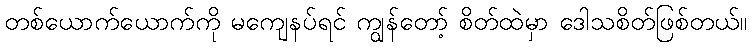
တစ်ယောက်ယောက်ကို မကျေနပ်ရင် ကျွန်တော့် စိတ်ထဲမှာ ဒေါသစိတ်ဖြစ်တယ်။